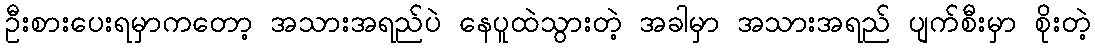
ဦးစားပေးရမှာကတော့ အသားအရည်ပဲ နေပူထဲသွားတဲ့ အခါမှာ အသားအရည် ပျက်စီးမှာ စိုးတဲ့